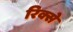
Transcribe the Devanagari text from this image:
रिक्से